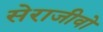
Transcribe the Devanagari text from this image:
सेराजीवो